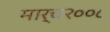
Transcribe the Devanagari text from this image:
मार्च२००८